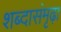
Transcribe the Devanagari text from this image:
शब्दासंमृढ़ा